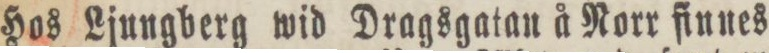
Hos Ljungberg wid Dragsgatan å Norr finnes